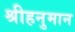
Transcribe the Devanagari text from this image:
श्रीहनुमान